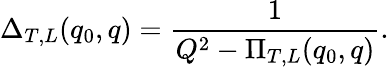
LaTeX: \Delta_{T,L}(q_{0},q)=\frac{1}{Q^{2}-\Pi_{T,L}(q_{0},q)}.